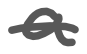
Text: a
Cross-out: single-line
Writing tool: digital_gray